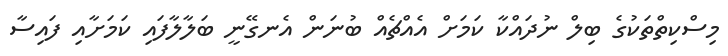
މިސްކިތްތަކުގެ ބިލް ނުދައްކާ ކަމަށް އެއްޗެއް ބުނަން އެނގޭނީ ބަލާލާފައި ކަމަށާއި ފައިސާ